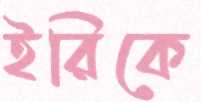
ইরিকে